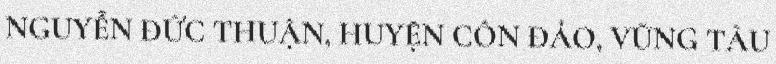
NGUYỄN ĐỨC THUẬN, HUYỆN CÔN ĐẢO, VŨNG TÀU